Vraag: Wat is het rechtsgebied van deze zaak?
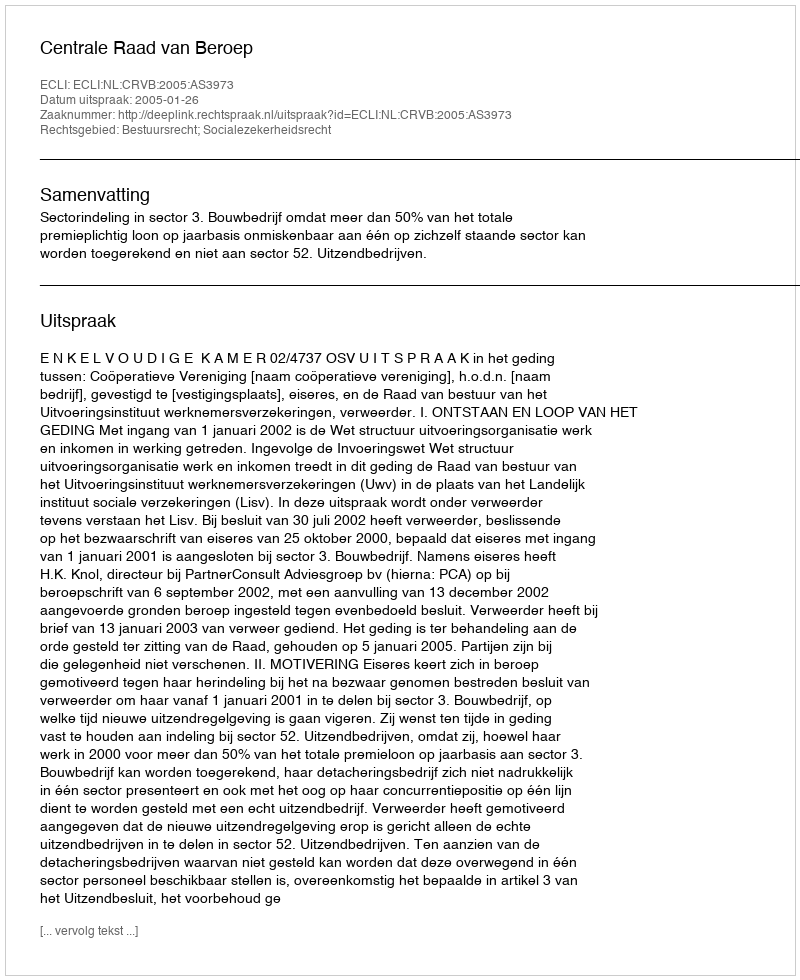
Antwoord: Bestuursrecht; Socialezekerheidsrecht